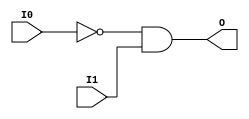
// $Header: /devl/xcs/repo/env/Databases/CAEInterfaces/verunilibs/s/AND2B1.v,v 1.8 2003/01/21 01:55:22 wloo Exp $

/*

FUNCTION	: 2-INPUT AND GATE

*/

`timescale  100 ps / 10 ps


module AND2B1 (O, I0, I1);

    output O;

    input  I0, I1;

    not N0 (i0_inv, I0);
    and A1 (O, i0_inv, I1);

    specify
	(I0 *> O) = (0, 0);
	(I1 *> O) = (0, 0);
    endspecify

endmodule